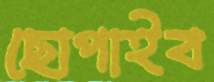
ছোপাইব